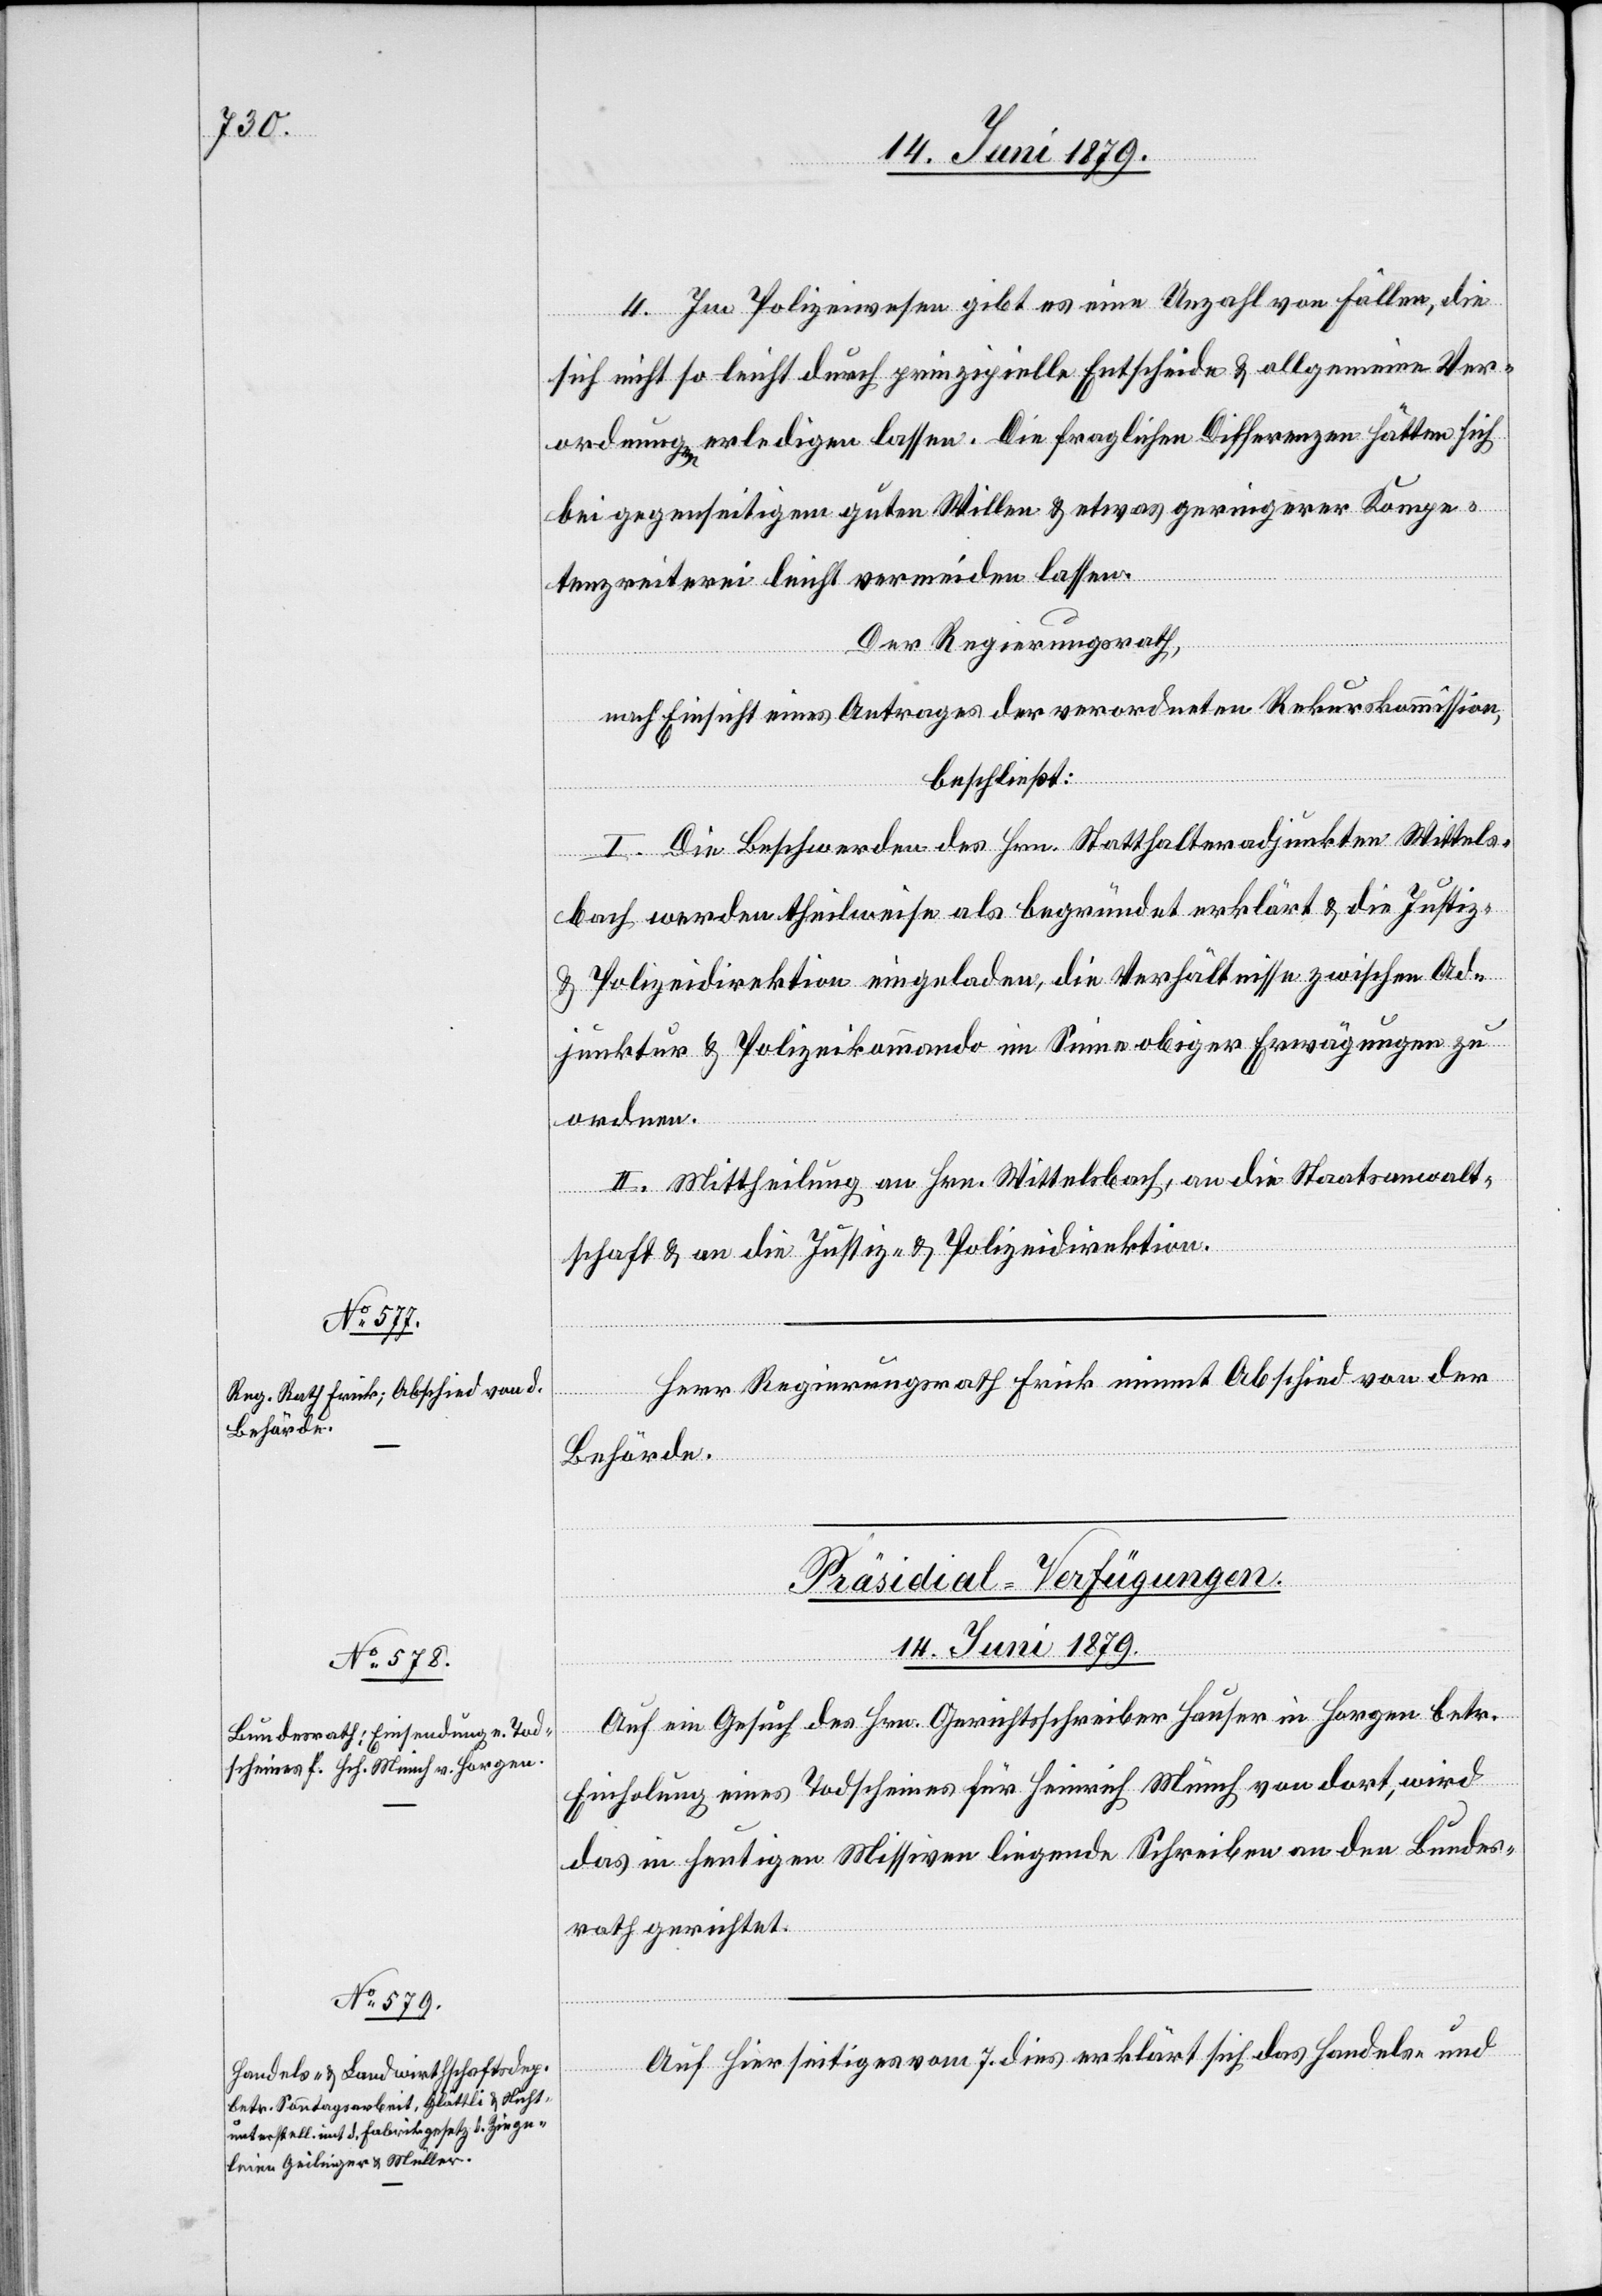
4. Im Polizeiwesen gibt es eine Unzahl von Fällen, die
sich nicht so leicht durch prinzipielle Entscheide & allgemeine Ver¬
ordnungen erledigen lassen. Die fraglichen Differenzen hätten sich
bei gegenseitigem guten Willen & etwas geringerer Kompe¬
tenzreiterei leicht vermeiden lassen.
Der Regierungsrath,
nach Einsicht eines Antrages der verordneten Rekurskommission,
beschließt:
I. Die Beschwerden des Hrn. Statthalteradjunkten Wittels¬
bach werden theilweise als begründet erklärt & die Justiz-
& Polizeidirektion eingeladen, die Verhältnisse zwischen Ad¬
junktur & Polizeikommando im Sinne obiger Erwägungen zu
ordnen.
II. Mittheilung an Hrn. Wittelsbach, an die Staatsanwalt¬
schaft & an die Justiz- & Polizeidirektion.
Herr Regierungsrath Frick nimmt Abschied von der
Behörde.
[Präsidial-Verfügungen.
14. Juni 1879.]
Auf ein Gesuch des Hrn. Gerichtsschreiber Hauser in Horgen betr.
Einholung eines Todscheines für Heinrich Münch von dort, wird
das in heutigen Missiven liegende Schreiben an den Bundes¬
rath gerichtet.
Auf hierseitiges vom 7. dies erklärt sich das Handels- und